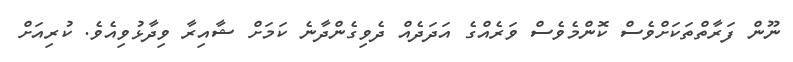
ނޫން ފަރާތްތަކަށްވެސް ކޮންމެވެސް ވަރެއްގެ އަދަދެއް ދެވިގެންދާނެ ކަމަށް ޝާއިރާ ވިދާޅުވިއެވެ. ކުރިއަށް